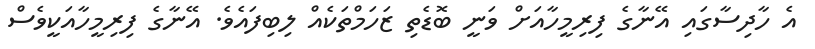
އެ ހާދިސާގައި އޭނާގެ ފިރިމީހާއަށް ވަނީ ބޮޑެތި ޒަހަމްތަކެއް ލިބިފައެވެ. އޭނާގެ ފިރިމީހާއަކީވެސް